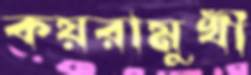
কয়রামুখী